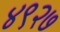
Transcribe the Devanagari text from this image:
४९२७